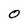
Character: 0